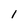
Character: l